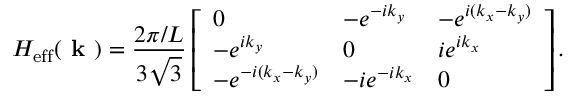
H _ { \mathrm { e f f } } ( \textbf { k } ) = \frac { 2 \pi / L } { 3 \sqrt { 3 } } \left[ \begin{array} { l l l } { 0 } & { - e ^ { - i k _ { y } } } & { - e ^ { i ( k _ { x } - k _ { y } ) } } \\ { - e ^ { i k _ { y } } } & { 0 } & { i e ^ { i k _ { x } } } \\ { - e ^ { - i ( k _ { x } - k _ { y } ) } } & { - i e ^ { - i k _ { x } } } & { 0 } \end{array} \right] .